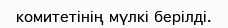
комитетінің мүлкі берілді.